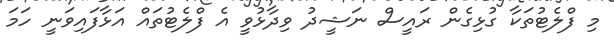
މި ފްލެޓުތަކާ ގުޅިގެން ރައީސް ނަޝީދު ވިދާޅުވީ އެ ފްލެޓުތައް އަޅާފައިވަނީ ހަމަ